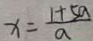
x = \frac { 1 + 5 a } { a }